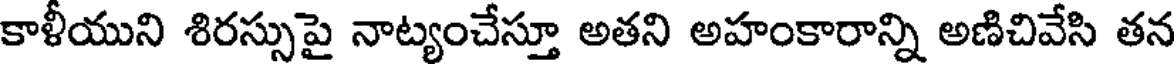
కాళీయుని శిరస్సుపై నాట్యంచేస్తూ అతని అహంకారాన్ని అణిచివేసి తన